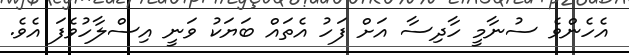
އެެހެންވެ ސުނާމީ ހާދިސާ އަށް ފަހު އެތައް ބަޔަކު ވަނީ އިސްލާހުވެފަ އެވެ.